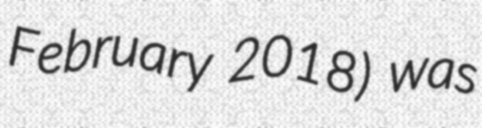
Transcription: February 2018) was